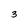
Character: 3